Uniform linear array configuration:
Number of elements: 32
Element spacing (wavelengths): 0.25
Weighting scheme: hann
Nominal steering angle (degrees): -45
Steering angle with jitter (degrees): -43.608
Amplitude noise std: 0.05
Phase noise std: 0.05

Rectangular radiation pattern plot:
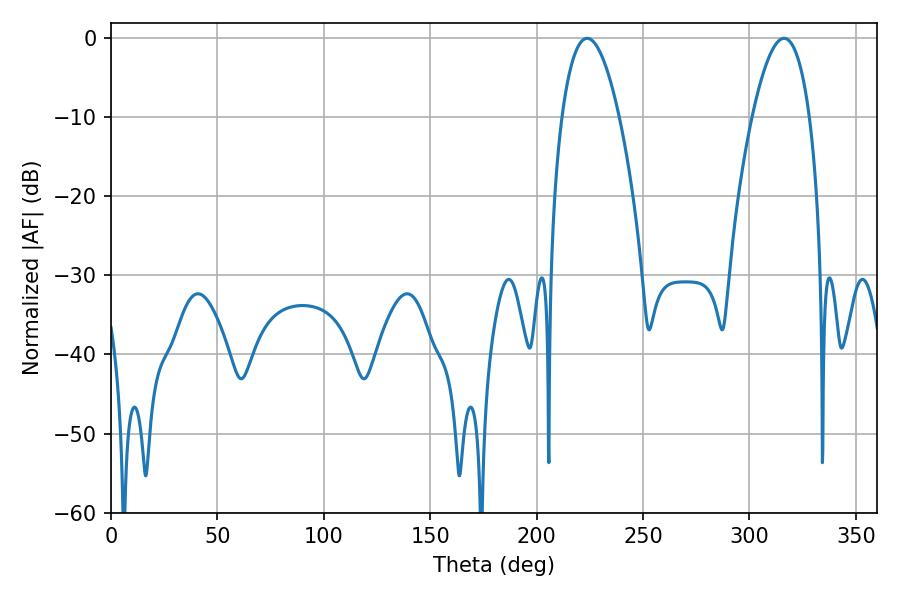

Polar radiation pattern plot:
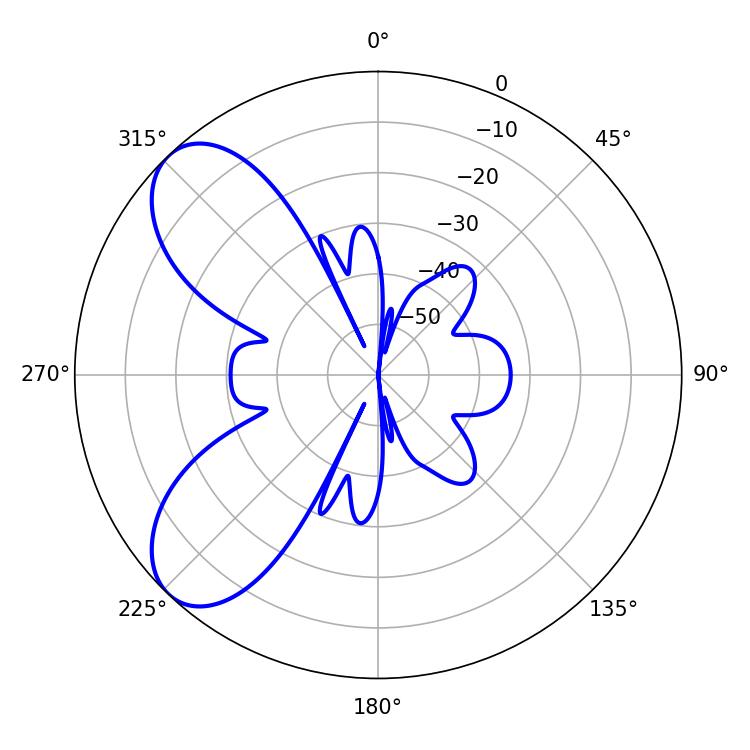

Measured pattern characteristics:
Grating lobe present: FALSE
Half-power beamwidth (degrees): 14.94
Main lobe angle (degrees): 223.74